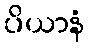
ပိယာနံ